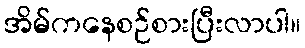
အိမ်ကနေစဉ်စားပြီးလာပါ။